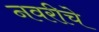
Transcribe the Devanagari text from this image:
नवरीचे